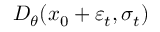
D _ { \theta } ( x _ { 0 } + \varepsilon _ { t } , \sigma _ { t } )